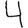
Digit: 4